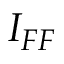
I _ { F F }